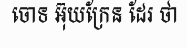
ចោទ អ៊ុយក្រែន ដែរ ថា